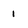
Character: 1